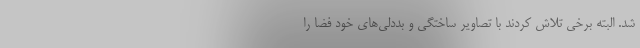
شد. البته برخی تلاش کردند با تصاویر ساختگی و بددلی‌های خود فضا را